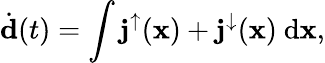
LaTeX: \dot{\mathbf d}(t)=\int{{\mathbf j}^{\uparrow}({\mathbf x})+{\mathbf j}^{\downarrow}({\mathbf x})\ \mathrm{d}{\mathbf x}},